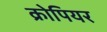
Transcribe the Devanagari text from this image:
क्रोपियर